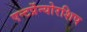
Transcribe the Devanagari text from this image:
एन्टर्प्रेन्योरशिप